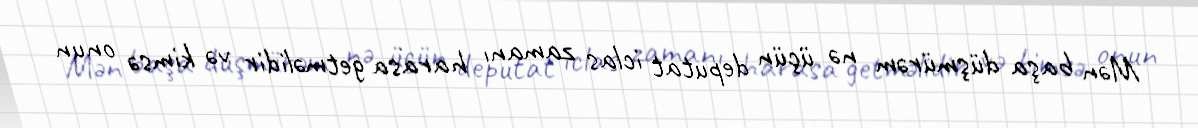
Mən başa düşmürəm nə üçün deputat iclas zamanı harasa getməlidir və kimsə onun